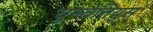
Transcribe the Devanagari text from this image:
युस्तेतियुस